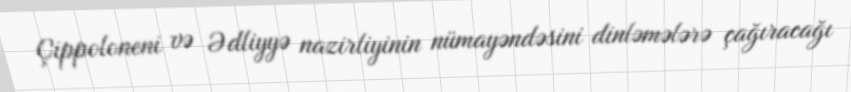
Çippoloneni və Ədliyyə nazirliyinin nümayəndəsini dinləmələrə çağıracağı